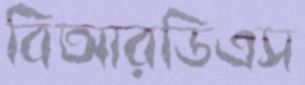
বিআরডিএস